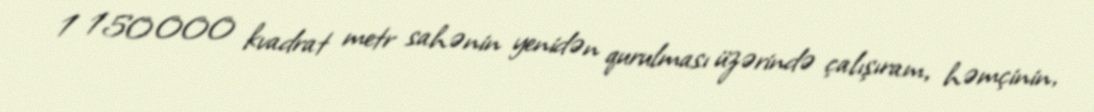
1 150 000 kvadrat metr sahənin yenidən qurulması üzərində çalışıram, həmçinin,